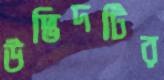
উদ্ভিদটির